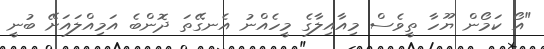
"އޯ ކަމޯން ޔޫހާ ތީވެސް މިއާއިލާގެ މީހެއްނު އެނގޭތަ ދޮންބެ އަމިއްލައަށޭ ބުނީ